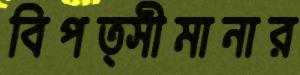
বিপত্সীমানার